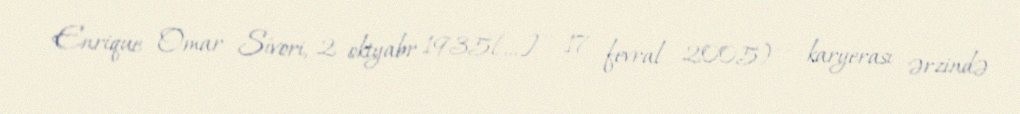
Enrique Omar Sívori, 2 oktyabr 1935[…] – 17 fevral 2005) — karyerası ərzində